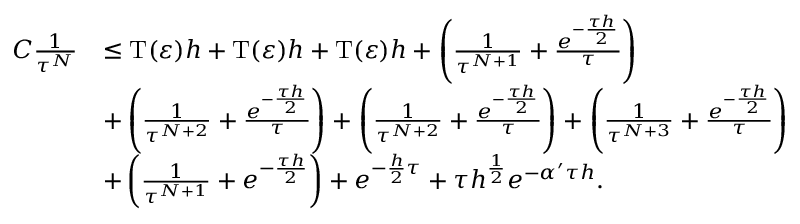
\begin{array} { r l } { C \frac { 1 } { \tau ^ { N } } } & { \le \mathrm { T } ( \varepsilon ) h + \mathrm { T } ( \varepsilon ) h + \mathrm T ( \varepsilon ) h + \left( { \frac { 1 } { { \tau ^ { N + 1 } } } } + { \frac { { e ^ { - { \frac { \tau h } { 2 } } } } } { \tau } } \right) } \\ & { + \left( { \frac { 1 } { { \tau ^ { N + 2 } } } } + { \frac { { e ^ { - { \frac { \tau h } { 2 } } } } } { \tau } } \right) + \left( { \frac { 1 } { { \tau ^ { N + 2 } } } } + { \frac { { e ^ { - { \frac { \tau h } { 2 } } } } } { \tau } } \right) + \left( { \frac { 1 } { { \tau ^ { N + 3 } } } } + { \frac { { e ^ { - { \frac { \tau h } { 2 } } } } } { \tau } } \right) } \\ & { + \left( { \frac { 1 } { { \tau ^ { N + 1 } } } } + { { { e ^ { - { \frac { \tau h } { 2 } } } } } } \right) + { e ^ { - { \frac { h } { 2 } } \tau } } + \tau { h ^ { { \frac { 1 } { 2 } } } } { e ^ { - \alpha ^ { \prime } \tau h } } . } \end{array}